Lunatic asylums Central Provinces reports 1886-1894 - 1886-1894
Year: 1886
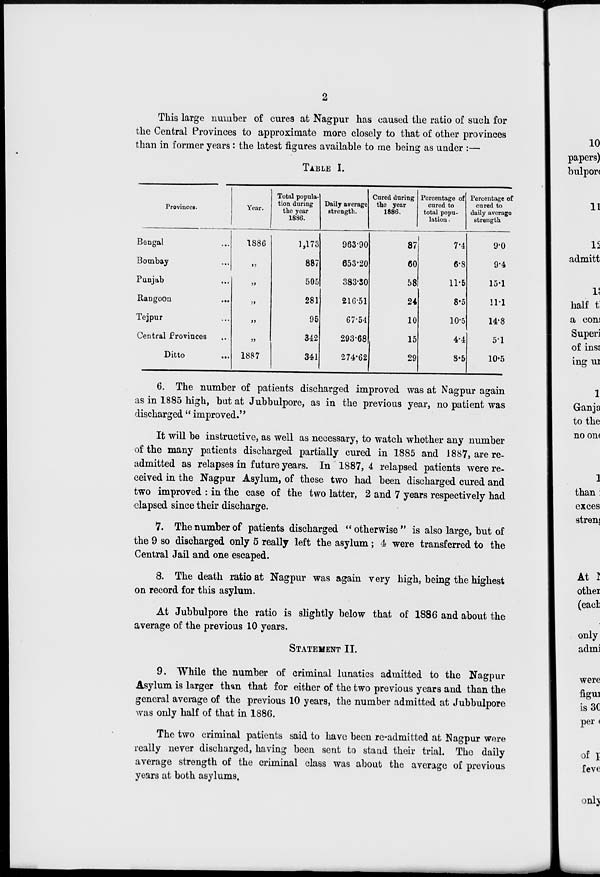
2
This large number of cures at Nagpur has caused the ratio of such for
the Central Provinces to approximate more closely to that of other provinces
than in former years: the latest figures available to me being as under :—
TABLE I.
Provinces.
Bengal ...
Bombay ...
Punjab ...
Rangoon
...
Tejpur ...
Central Provinces ...
Ditto
...
Year.
1886
„
„
„
„
„
1887
Total popula-
tion during
the year
1886.
1,173
887
505
281
95
342
341
Daily average
strength.
963.90
653.20
383.30
216.51
67.54
293.68
274.62
Cured during
the year
1886.
87
60
58
24
10
15
29
Percentage of
cured to
total popu-
lation.
7.4
6.8
11.5
8.5
10.5
4.4
8.5
Percentage of
cured to
daily average
strength
9.0
9.4
15.1
11.1
14.8
5.1
10.5
6. The number of patients discharged improved was at Nagpur again
as in 1885 high, but at Jubbulpore, as in the previous year, no patient was
discharged " improved.''
It will be instructive, as well as necessary, to watch whether any number
of the many patients discharged partially cured in 1885 and 1887, are re-
admitted as relapses in future years. In 1887, 4 relapsed patients were re¬
ceived in the Nagpur Asylum, of these two had been discharged cured and
two improved : in the case of the two latter, 2 and 7 years respectively had
elapsed since their discharge.
7. The number of patients discharged " otherwise " is also large, but of
the 9 so discharged only 5 really left the asylum; 4 were transferred to the
Central Jail and one escaped.
8. The death ratio at Nagpur was again very high, being the highest
on record for this asylum.
At Jubbulpore the ratio is slightly below that of 1886 and about the
average of the previous 10 years.
STATEMENT II.
9. While the number of criminal lunatics admitted to the Nagpur
Asylum is larger than that for either of the two previous years and than the
general average of the previous 10 years, the number admitted at Jubbulpore
was only half of that in 1886.
The two criminal patients said to have been re-admitted at Nagpur were
really never discharged, having been sent to stand their trial. The daily
average strength of the criminal class was about the average of previous
years at both asylums.